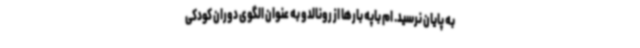
به پایان نرسید. ام باپه بارها از رونالدو به عنوان الگوی دوران کودکی